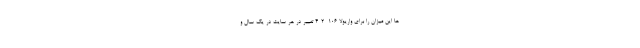
ها این میزان را برای واریولا ۱۰۶  ۲-۴ تغییر در هر سایت در یک سال و